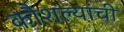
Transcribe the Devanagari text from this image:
कौशल्यांची